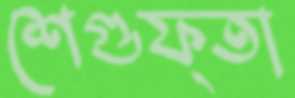
শেগুফ্তা